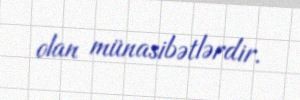
olan münasibətlərdir.